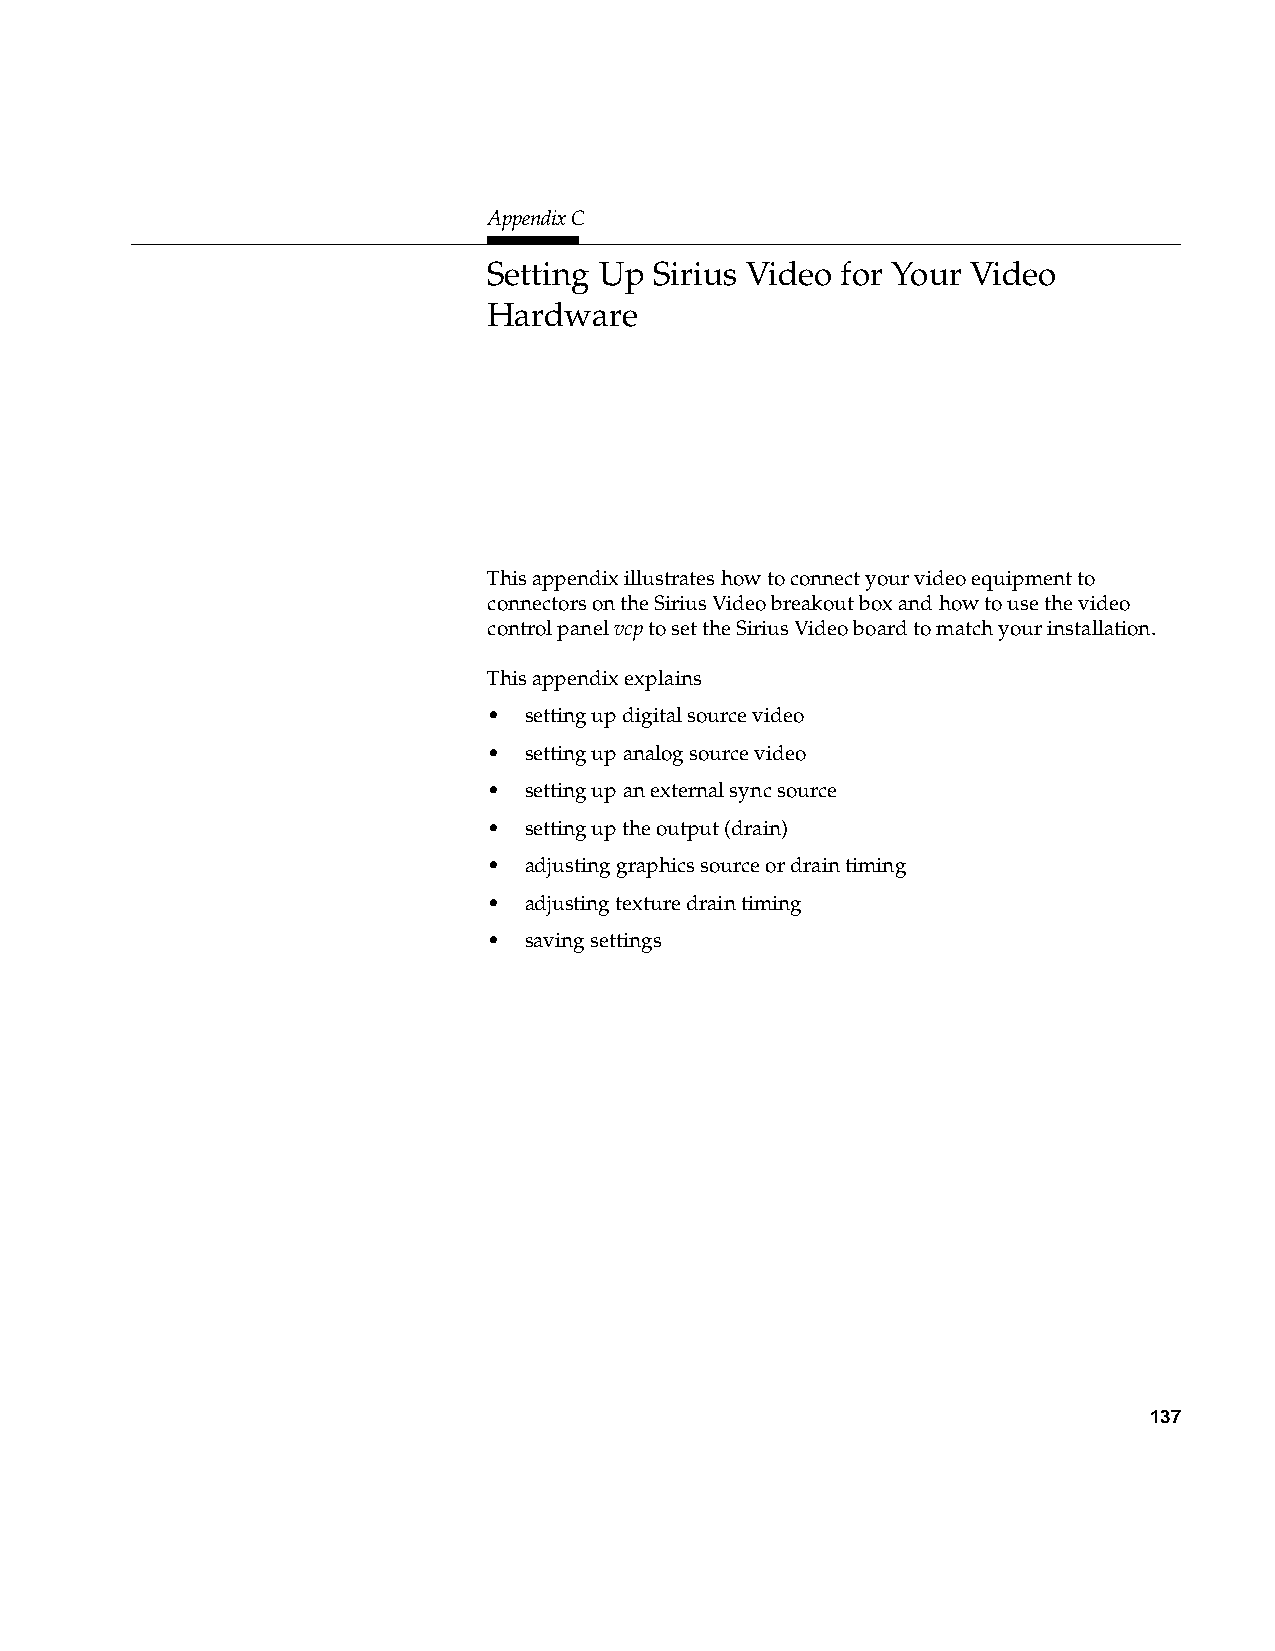
AppendixC
 C.    Setting Up Sirius Video for Your Video
 Hardware
 This appendix illustrates how to connect your video equipment to
 connectors on the Sirius Video breakout box and how to use the video
 control panelvcp to set the Sirius Video board to match your installation.
 This appendix explains
 •  setting up digital source video
 •  setting up analog source video
 •  setting up an external sync source
 •  setting up the output (drain)
 •  adjusting graphics source or drain timing
 •  adjusting texture drain timing
 •  saving settings
 137